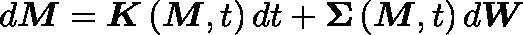
d \boldsymbol { M } = \boldsymbol { K } \left( \boldsymbol { M } , t \right) d t + \mathbf { \Sigma } \left( \boldsymbol { M } , t \right) d \boldsymbol { W }